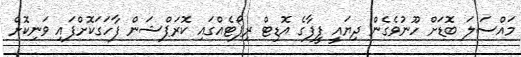
މައްސަލަ ބޮޑަށް ހޫނުވެގެން ދިޔައީ ފީފާގެ އޮޑިޓް ރިޕޯޓެއްގައި ކޮރަޕްޝަން ފާހަގަކޮށްފައި ވަނިކޮށް